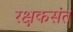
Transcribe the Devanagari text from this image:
रक्षकसंत